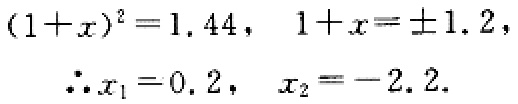
\((1 + x)^2 = 1.44,\ 1 + x = \pm1.2,\

\therefore x_1 = 0.2,\ x_2 = -2.2.\)